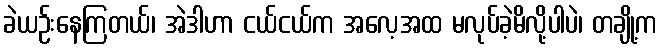
ခဲယဉ်းနေကြတယ်၊ အဲဒါဟာ ငယ်ငယ်က အလေ့အထ မလုပ်ခဲ့မိလို့ပါပဲ၊ တချို့က